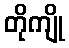
တိုကျို